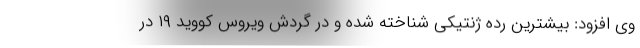
وی افزود: بیشترین رده ژنتیکی شناخته شده و در گردش ویروس کووید ۱۹ در